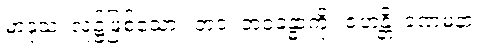
မာနုသံ၊ လူ၌ဖြစ်သော။ ဘဝံ၊ ဘဝခန္ဓာကို။ ဇဟန္တိ၊ ခဏမနား